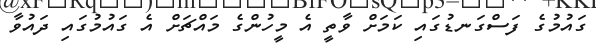
ގައުމުގެ ފަސްގަނޑުގައި ކަމަށް ވާތީ އެ މީހުންގެ މައްޗަށް އެ ގައުމުގައި ދައުވާ